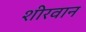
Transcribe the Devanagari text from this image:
शीरवान